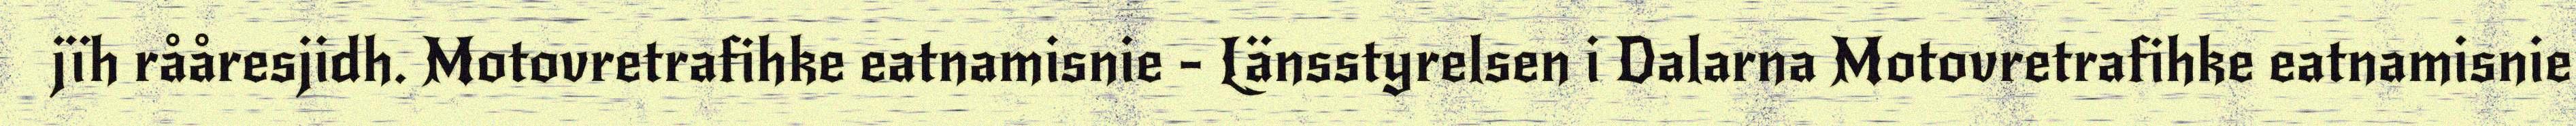
jïh rååresjidh. Motovretrafihke eatnamisnie - Länsstyrelsen i Dalarna Motovretrafihke eatnamisnie